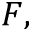
F ,